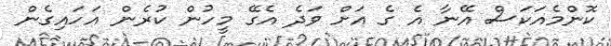
ކޮންމެއަކަސް އޭނާ އެ ގެ އަށް ވަދެ އެގޭ މީހުން ކުރެން އަހައިގެން